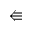
\Lleftarrow